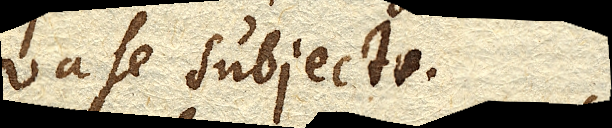
vase subjecto. Eadem omnia evenient si Tubus